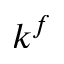
k ^ { f }